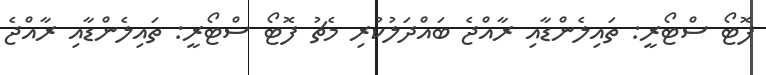
ފޮޓޯ ސްޓޯރީ: ތައިލެންޑާއި ރާއްޖެ ބައްދަލުކުރި މެޗު ފޮޓޯ ސްޓޯރީ: ތައިލެންޑާއި ރާއްޖެ